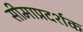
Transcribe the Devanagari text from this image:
सीमाप्रदर्शक